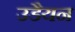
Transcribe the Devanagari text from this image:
उडैयन